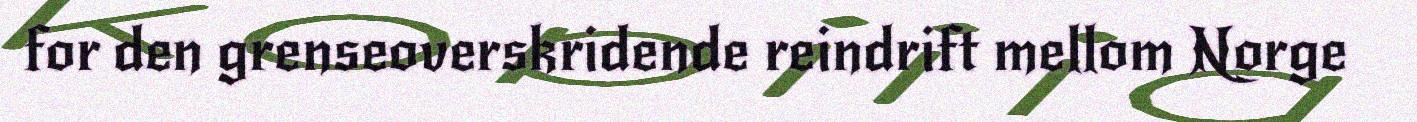
for den grenseoverskridende reindrift mellom Norge